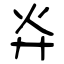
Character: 灷